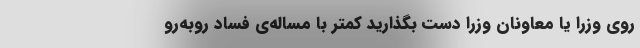
روی وزرا یا معاونان وزرا دست بگذارید کمتر با مساله‌ی فساد روبه‌رو